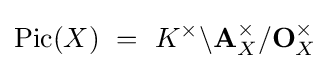
{\text{Pic}}(X)\ =\ K^{\times }\backslash \mathbf {A} _{X}^{\times }/\mathbf {O} _{X}^{\times }